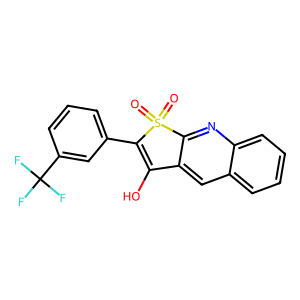
SMILES: O=S1(=O)C(c2cccc(C(F)(F)F)c2)=C(O)c2cc3ccccc3nc21
Inhibits HIV replication: No